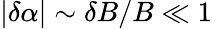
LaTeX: |\delta\alpha|\sim\delta B/B\ll 1